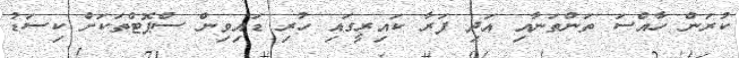
ކުރަން ހާއްސަ ތަންތަނާއި އަދި ފަރާ ކައިރީގައި ހުރި ޑައިވިން ސްޕޮޓްތަކަށް ކިސަޑު